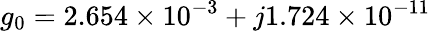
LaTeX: g_{0}=2.654\times 10^{-3}+j1.724\times 10^{-11}